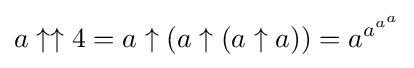
a\uparrow \uparrow 4=a\uparrow (a\uparrow (a\uparrow a))=a^{a^{a^{a}}}